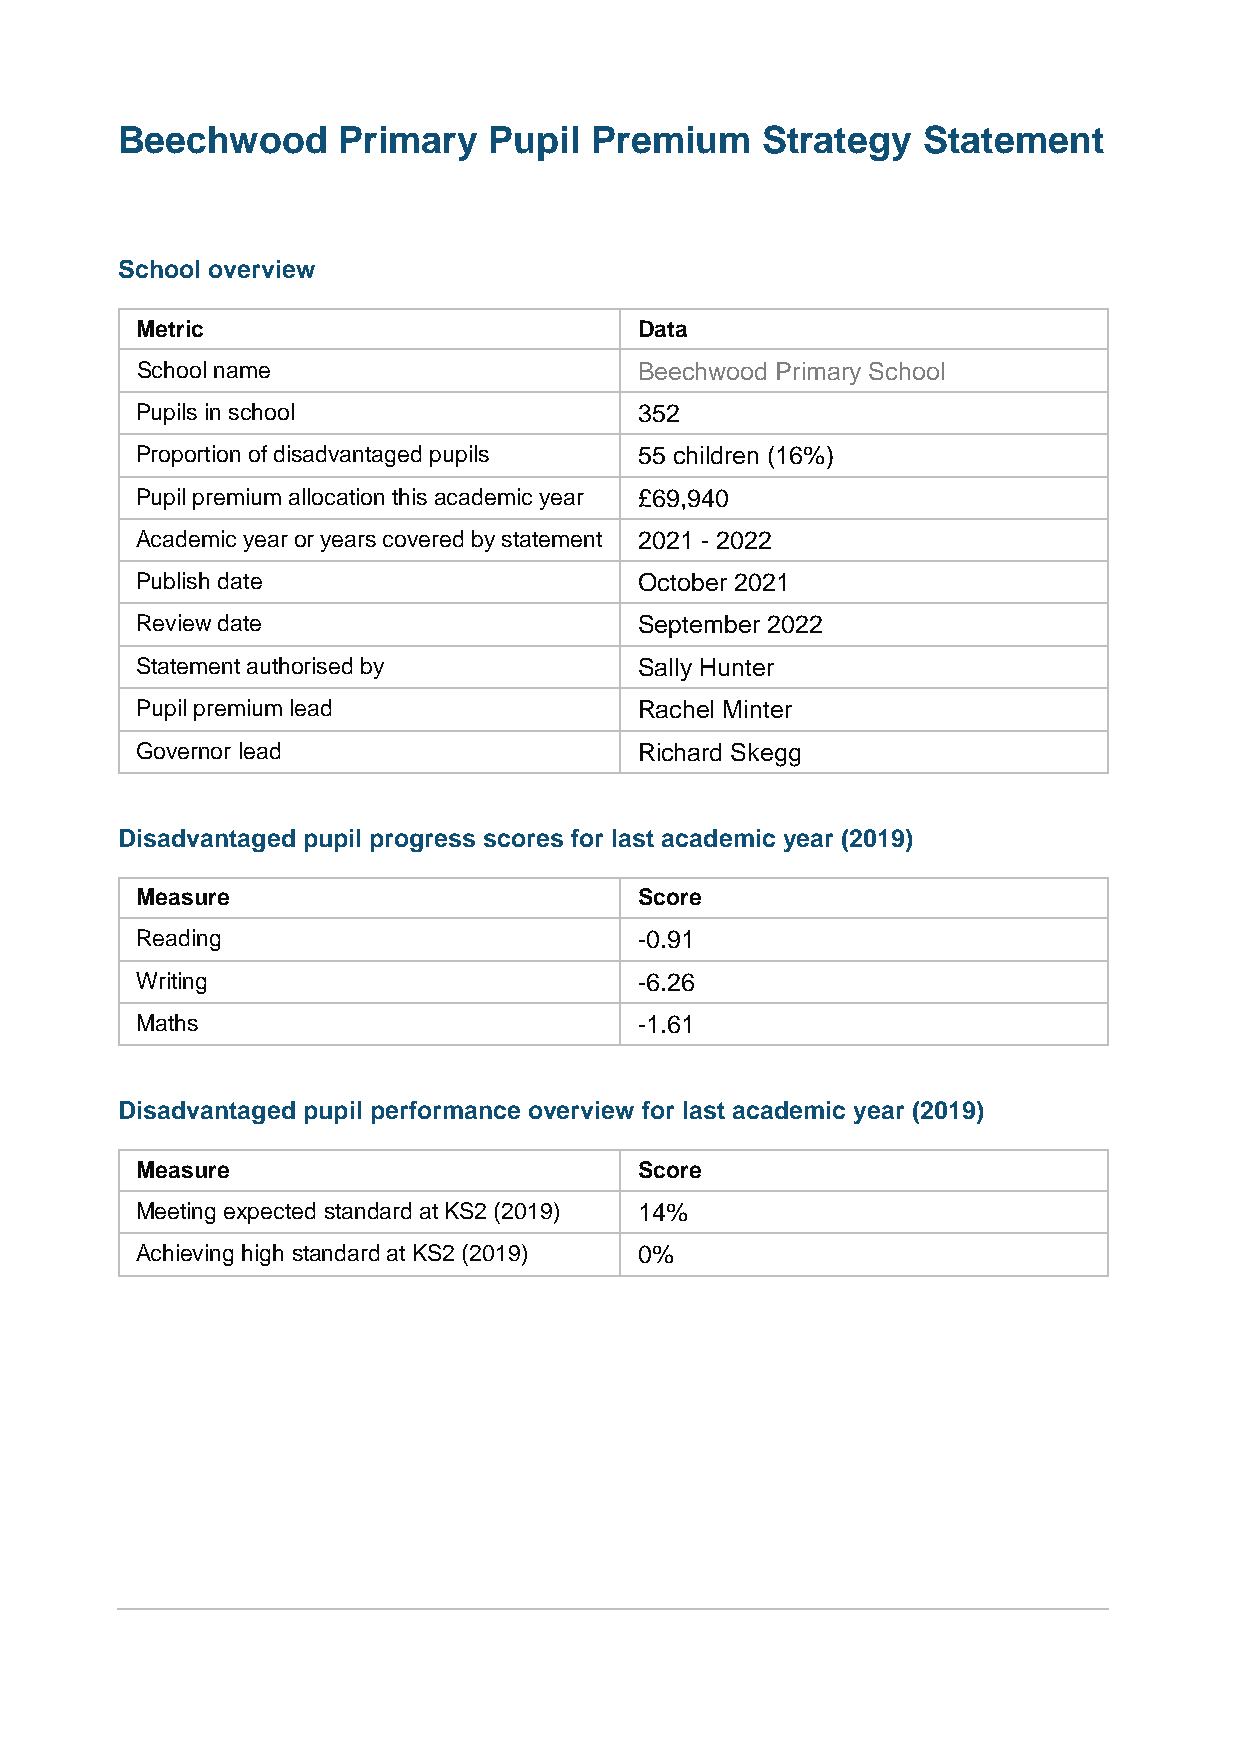
Beechwood     Primary   Pupil  Premium    Strategy   Statement
 School overview
 Metric                           Data
 School name                      Beechwood Primary School
 Pupils in school                 352
 Proportion of disadvantaged pupils 55 children (16%)
 Pupil premium allocation this academic year £69,940
 Academic year or years covered by statement 2021 - 2022
 Publish date                     October 2021
 Review date                      September 2022
 Statement authorised by          Sally Hunter
 Pupil premium lead               Rachel Minter
 Governor lead                    Richard Skegg
 Disadvantaged pupil progress scores for last academic year (2019)
 Measure                          Score
 Reading                          -0.91
 Writing                          -6.26
 Maths                            -1.61
 Disadvantaged pupil performance overview for last academic year (2019)
 Measure                          Score
 Meeting expected standard at KS2 (2019) 14%
 Achieving high standard at KS2 (2019) 0%